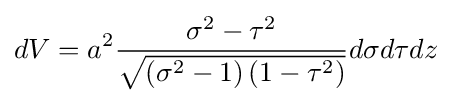
dV=a^{2}{\frac {\sigma ^{2}-\tau ^{2}}{\sqrt {\left(\sigma ^{2}-1\right)\left(1-\tau ^{2}\right)}}}d\sigma d\tau dz